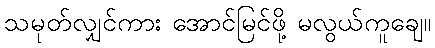
သမုတ်လျှင်ကား အောင်မြင်ဖို့ မလွယ်ကူချေ။